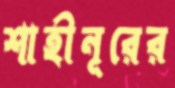
শাহীনূরের